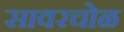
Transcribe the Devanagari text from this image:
सावरचोळ